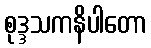
စုဒ္ဒသကနိပါတော